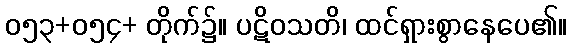
၀၅၃+၀၅၄+ တိုက်၌။ ပဋိဝသတိ၊ ထင်ရှားစွာနေပေ၏။